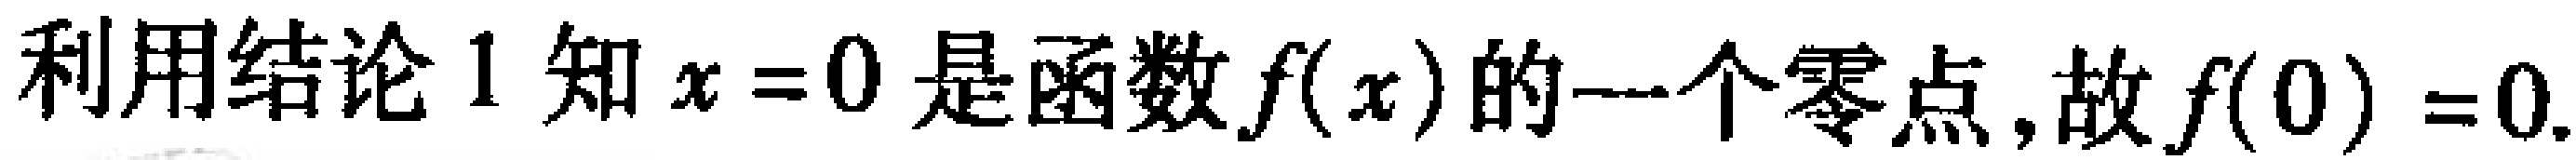
利用结论 1 知 \(x = 0\) 是函数 \(f(x)\) 的一个零点,故 \(f(0)=0\).